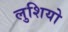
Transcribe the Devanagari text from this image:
लुशियो